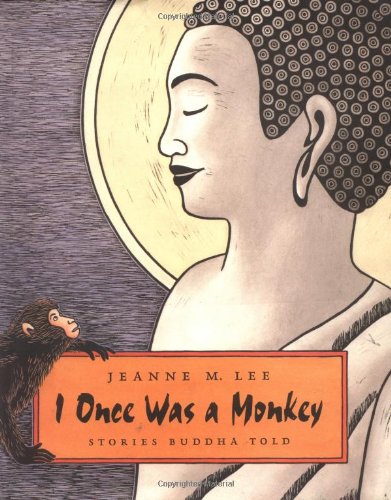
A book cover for I Once Was a Monkey: Stories Buddha Told; Jeanne M. Lee; Children's Books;